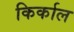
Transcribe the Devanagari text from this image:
किर्काल